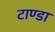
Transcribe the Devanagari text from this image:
टाण्‍डा